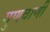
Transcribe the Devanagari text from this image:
गुणवाणी